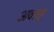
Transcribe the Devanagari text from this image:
अवग्रह्